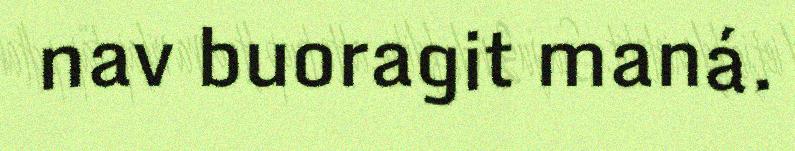
nav buoragit maná.